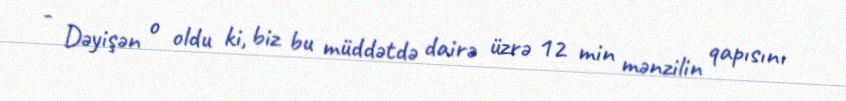
- Dəyişən o oldu ki, biz bu müddətdə dairə üzrə 12 min mənzilin qapısını